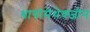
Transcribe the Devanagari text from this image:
थायोमेथेक्‍जोन